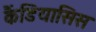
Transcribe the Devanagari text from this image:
कैंडियासिस